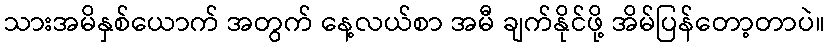
သားအမိနှစ်ယောက် အတွက် နေ့လယ်စာ အမီ ချက်နိုင်ဖို့ အိမ်ပြန်တော့တာပဲ။